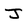
Character: J